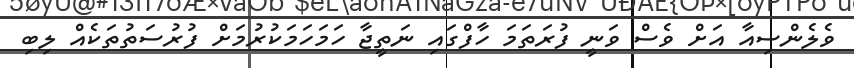
ވެލެންސިއާ އަށް ވެސް ވަނީ ފުރަތަމަ ހާފްގައި ނަތީޖާ ހަމަހަމަކުރުމަށް ފުރުސަތުތަކެއް ލިބި